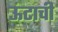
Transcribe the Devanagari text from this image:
ऊंटाची